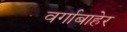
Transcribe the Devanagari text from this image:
वर्गाबाहेर